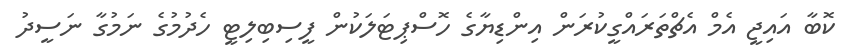
ކޮބާ އައިޖީ އެމް އެޗްތަރައްގީކުރަން އިންޑިޔާގެ ހޮސްޕިޓަލަކުން ފީސިބިލިޓީ ހެދުމުގެ ނަމުގާ ނަސީދު